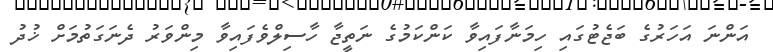
އަންނަ އަހަރުގެ ބަޖެޓުގައި ހިމަނާފައިވާ ކަންކަމުގެ ނަތީޖާ ހާސިލްވެފައިވާ މިންވަރު ދެނަގަތުމަށް ޚުދު